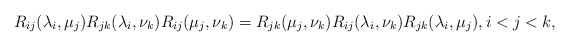
\begin{gather*} R_{ij}(\lambda_i,\mu_j) R_{jk}(\lambda_i,\nu_k) R_{ij}(\mu_j,\nu_k)= R_{jk}(\mu_j,\nu_k) R_{ij}(\lambda_i,\nu_k) R_{jk}(\lambda_i,\mu_j), i < j < k, \end{gather*}